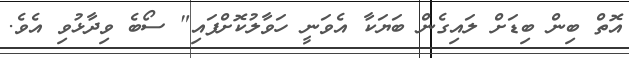
އޮތް ބިން ބިޑަށް ލައިގެން ބަޔަކާ އެވަނީ ހަވާލުކޮށްފައި" ސޯބެ ވިދާޅުވި އެވެ.